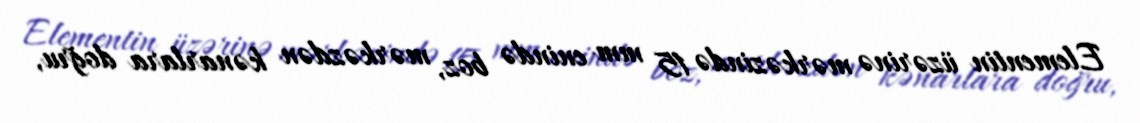
Elementin üzərinə mərkəzində 15 mm enində boz, mərkəzdən kənarlara doğru,